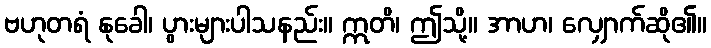
ဗဟုတရံ နုခေါ၊ ပွားများပါသနည်း။ ဣတိ၊ ဤသို့။ အာဟ၊ လျှောက်ဆို၏။